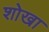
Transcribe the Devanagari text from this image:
शोखा